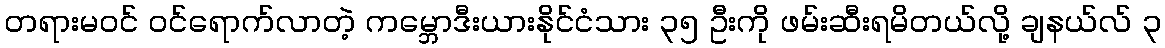
တရားမဝင် ဝင်ရောက်လာတဲ့ ကမ္ဘောဒီးယားနိုင်ငံသား ၃၅ ဦးကို ဖမ်းဆီးရမိတယ်လို့ ချနယ်လ် ၃